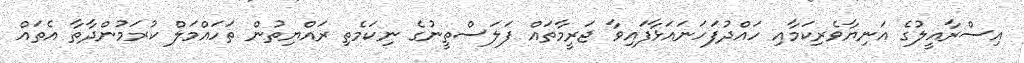
އިސްރާއީލުގެ އަނިޔާވެރިކަމާއި ހައްދުފަހަނައަޅާފައިވާ ޖަރީމާތައް ފަލަސްތީނުގެ ނިކަމެތި ރައްޔިތުން ތަހައްމަލް ކުރަމުންދާތާ އެތައް